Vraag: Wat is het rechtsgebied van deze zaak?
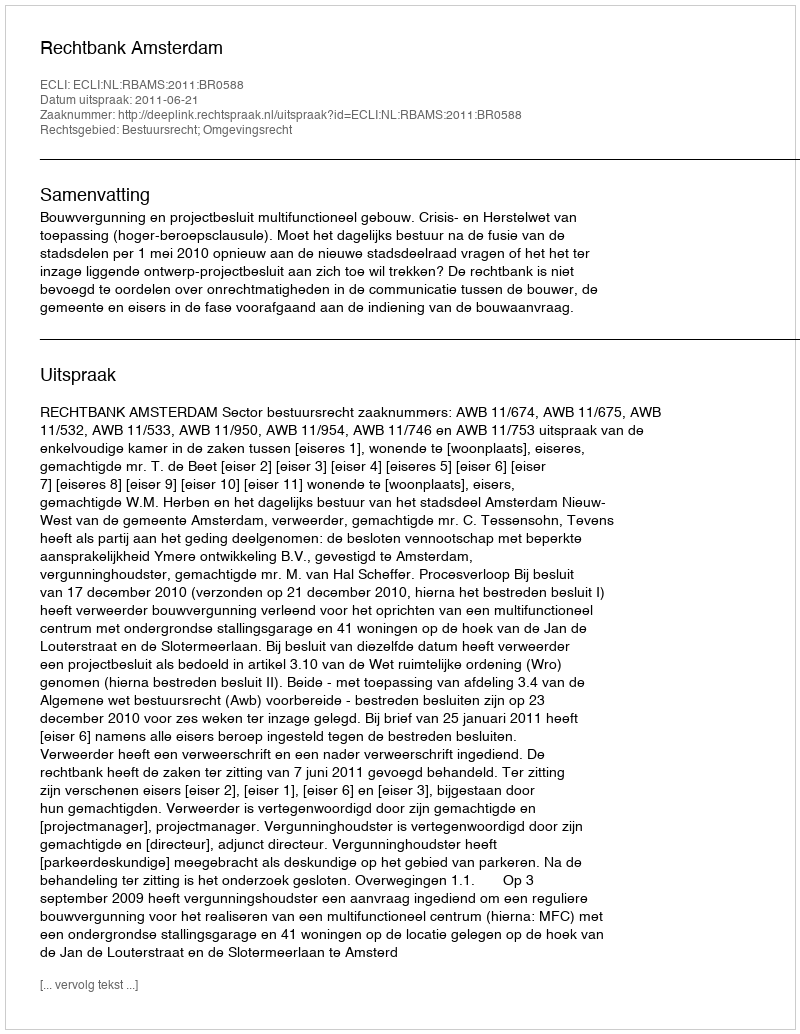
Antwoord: Bestuursrecht; Omgevingsrecht